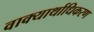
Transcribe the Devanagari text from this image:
वाक्यार्थाधिकरण